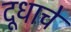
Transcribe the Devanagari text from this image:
दूधाचे